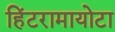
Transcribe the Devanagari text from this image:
हिंटरामायोटा